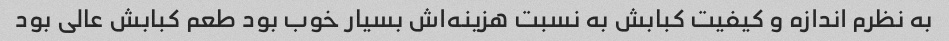
به نظرم اندازه و کیفیت کبابش به نسبت هزینه‌اش بسیار خوب بود طعم کبابش عالی بود